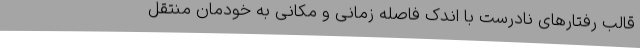
قالب رفتارهای نادرست با اندک فاصله زمانی و مکانی به خودمان منتقل